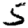
Digit: 5